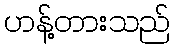
ဟန့်တားသည်